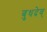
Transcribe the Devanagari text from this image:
बुधदेव्